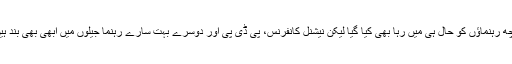
کچھ رہنماؤں کو حال ہی میں رہا بھی کیا گیا لیکن نیشنل کانفرنس، پی ڈی پی اور دوسرے بہت سارے رہنما جیلوں میں ابھی بھی بند ہیں۔